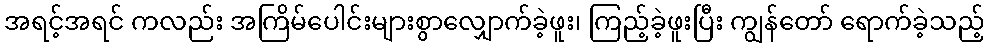
အရင့်အရင် ကလည်း အကြိမ်ပေါင်းများစွာလျှောက်ခဲ့ဖူး၊ ကြည့်ခဲ့ဖူးပြီး ကျွန်တော် ရောက်ခဲ့သည့်